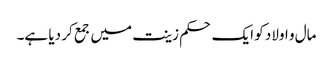
مال و اولاد کو ایک حکم زینت میں جمع کر دیا ہے۔